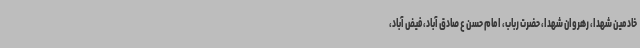
خادمین شهدا، رهروان شهدا، حضرت رباب، امام حسن ع‌ صادق آباد، فیض آباد،